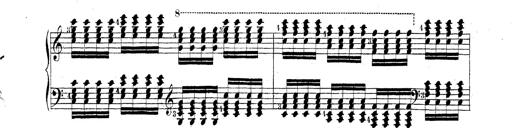
Title: Technische Studien
Composer: Franz Liszt